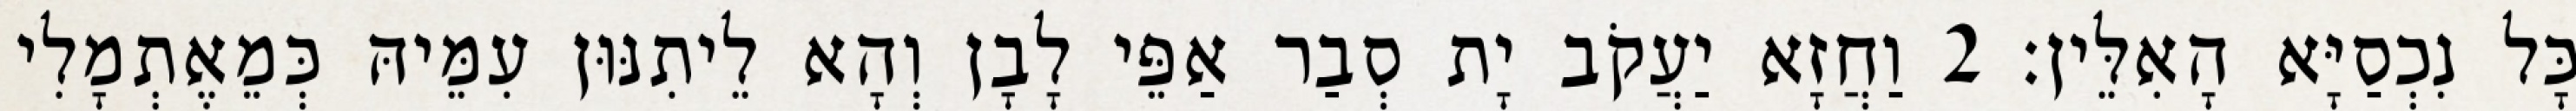
כָּל נִכְסַיָּא הָאִלֵּין׃ 2 וַחֲזָא יַעֲקֹב יָת סְבַר אַפֵּי לָבָן וְהָא לֵיתִנּוּן עִמֵּיהּ כְּמֵאֶתְמָלִי